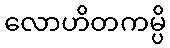
လောဟိတကမ္ပိ